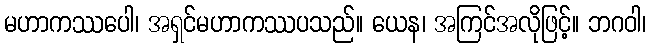
မဟာကဿပေါ၊ အရှင်မဟာကဿပသည်။ ယေန၊ အကြင်အလိုဖြင့်။ ဘဂဝါ၊